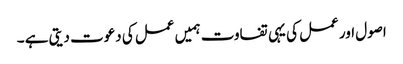
اصول اور عمل کی یہی تفاوت ہمیں عمل کی دعوت دیتی ہے ۔